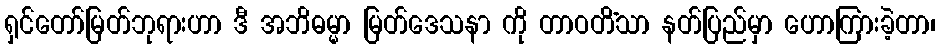
ရှင်တော်မြတ်ဘုရားဟာ ဒီ အဘိဓမ္မာ မြတ်ဒေသနာ ကို တာဝတိံသာ နတ်ပြည်မှာ ဟောကြားခဲ့တာ၊